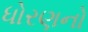
ધોરણનો